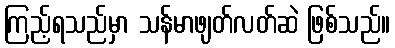
ကြည့်ရသည်မှာ သန်မာဖျတ်လတ်ဆဲ ဖြစ်သည်။